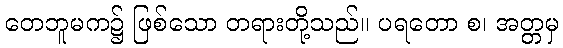
တေဘူမက၌ ဖြစ်သော တရားတို့သည်။ ပရတော စ၊ အတ္တမှ